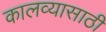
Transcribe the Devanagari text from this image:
कालव्यासाठी